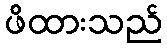
ဖိထားသည်